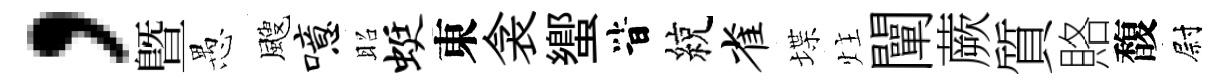
，曁愚颼噫昭蜓東衾蠁𣅜綂雀堞炷闡蕨質賂馥尉